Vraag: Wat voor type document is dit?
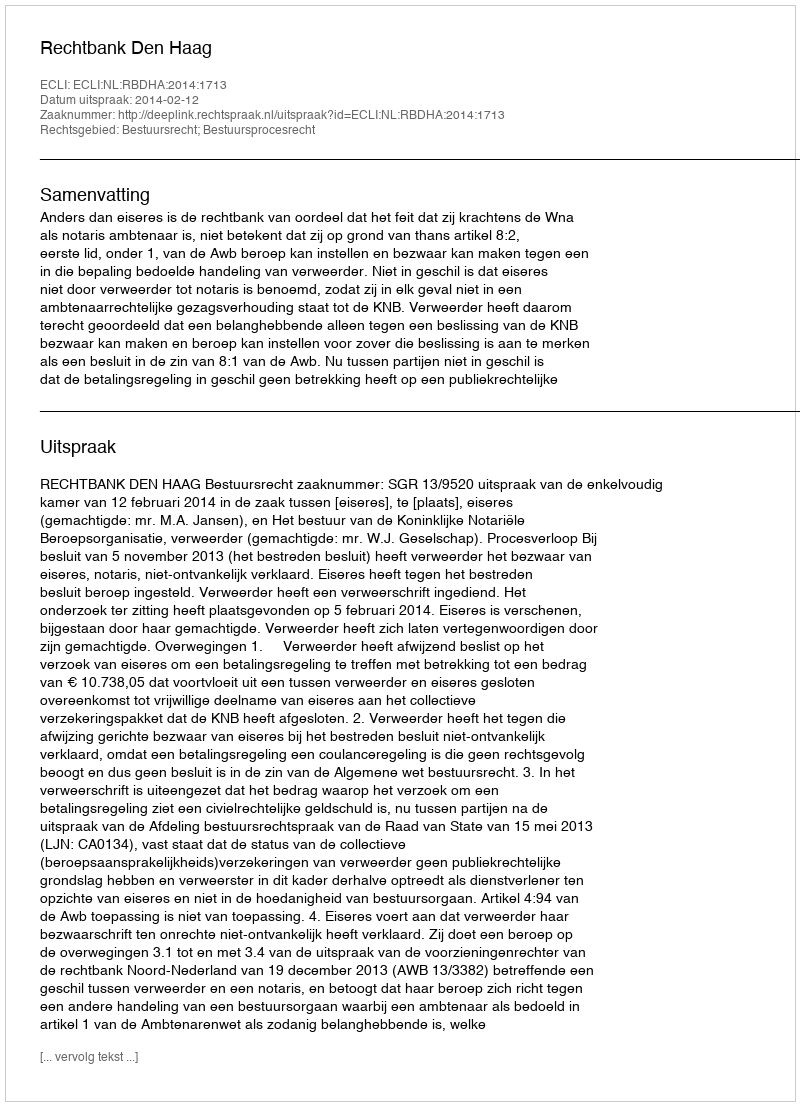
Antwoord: Uitspraak